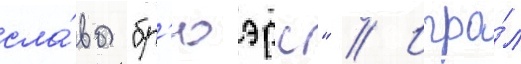
сла́вы "бр'юэрс" // Игра́л